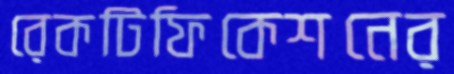
রেকটিফিকেশনের